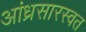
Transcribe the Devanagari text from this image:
आंध्रसारस्वत